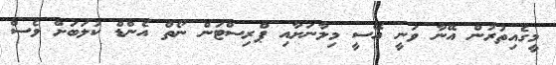
މީގެއިތުރުން އޭނާ ވަނީ އޭސީ މިލާނަށާއި ޕްރިސްޓަން ނޯތް އެންޑް ކުލަބަށް ވެސް